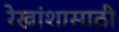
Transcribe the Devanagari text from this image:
रेखांशासाठी